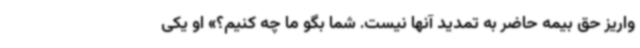
واریز حق بیمه حاضر به تمدید آنها نیست. شما بگو ما چه کنیم؟» او یکی